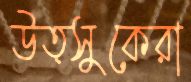
উত্সুকেরা